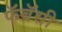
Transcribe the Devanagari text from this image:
फॅबॅसी